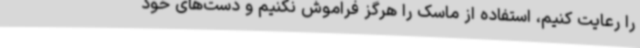
را رعایت کنیم، استفاده از ماسک را هرگز فراموش نکنیم و دست‌های خود